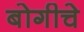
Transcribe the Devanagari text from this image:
बोगीचे